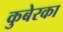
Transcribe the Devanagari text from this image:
कुबेरका